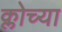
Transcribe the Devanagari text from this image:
क्लोच्या